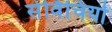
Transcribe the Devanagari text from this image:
सेर्विचियो